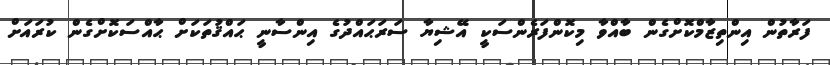
ފަރާތުން އިންތިޒާމްކޮށްގެން ބާއްވާ މިކޮންފަރެންސަކީ އޭޝިޔާ ސަރަޙައްދުގެ އިންސާނީ ޙައްޤުތަކަށް ޙާއްސަކޮށްގެން ކުރައަށް